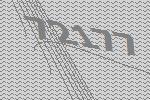
72177